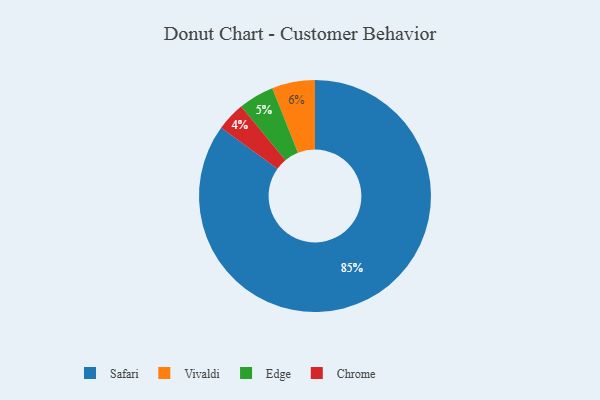
{"axis": {"x": "Category", "y": "Percentage"}, "legend": ["Chrome", "Edge", "Safari", "Vivaldi"], "data": [{"x": "Edge", "y": 5, "type": "Edge"}, {"x": "Vivaldi", "y": 6, "type": "Vivaldi"}, {"x": "Chrome", "y": 4, "type": "Chrome"}, {"x": "Safari", "y": 85, "type": "Safari"}]}